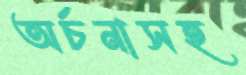
অর্চনাসহ